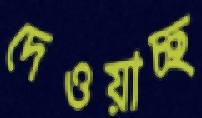
দেওয়াচ্ছ